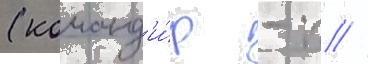
(команд'и́р - п //